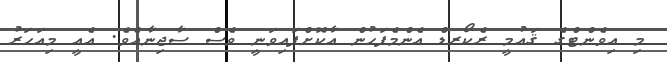
މި އިވެންޓްގެ ޤައުމީ ރެކޯރޑް އެންމެފަހުން އާކޮށްފައިވަނީ ވެސް ސާޖިނާއެވެ. އެއީ މިއަހަރު